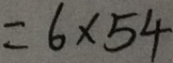
= 6 \times 5 4